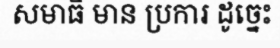
សមាធិ មាន ប្រការ ដូច្នេះ